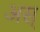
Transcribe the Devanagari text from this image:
अस्‌